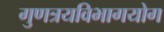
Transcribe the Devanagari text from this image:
गुणत्रयविभागयोग